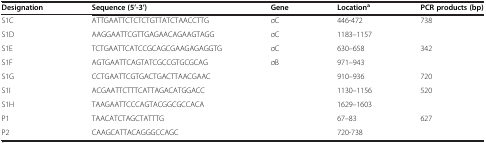
<table><thead><tr><td><b>Designation</b></td><td><b>Sequence (5’-3’)</b></td><td><b>Gene</b></td><td><b>Location<sup>a</sup></b></td><td><b>PCR products (bp)</b></td></tr></thead><tbody><tr><td>S1C</td><td>ATTGAATTCTCTCTGTTATCTAACCTTG</td><td>σC</td><td>446-472</td><td>738</td></tr><tr><td>S1D</td><td>AAGGAATTCGTTGAGAACAGAAGTAGG</td><td>σC</td><td>1183–1157</td><td> </td></tr><tr><td>S1E</td><td>TCTGAATTCATCCGCAGCGAAGAGAGGTG</td><td>σC</td><td>630–658</td><td>342</td></tr><tr><td>S1F</td><td>AGTGAATTCAGTATCGCCGTGCGCAG</td><td>σB</td><td>971–943</td><td> </td></tr><tr><td>S1G</td><td>CCTGAATTCGTGACTGACTTAACGAAC</td><td> </td><td>910–936</td><td>720</td></tr><tr><td>S1I</td><td>ACGAATTCTTTCATTAGACATGGACC</td><td> </td><td>1130–1156</td><td>520</td></tr><tr><td>S1H</td><td>TAAGAATTCCCAGTACGGCGCCACA</td><td> </td><td>1629–1603</td><td> </td></tr><tr><td>P1</td><td>TAACATCTAGCTATTTG</td><td> </td><td>67–83</td><td>627</td></tr><tr><td>P2</td><td>CAAGCATTACAGGGCCAGC</td><td> </td><td>720-738</td><td> </td></tr></tbody></table>